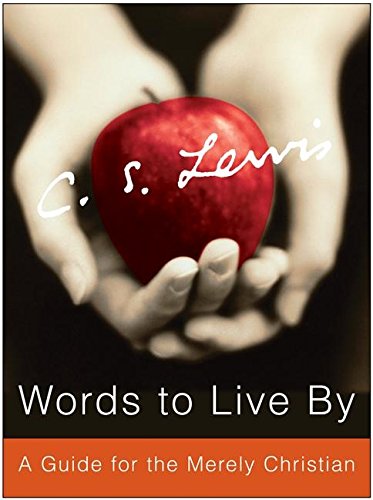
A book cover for Words to Live By: A Guide for the Merely Christian; C. S. Lewis; Christian Books & Bibles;